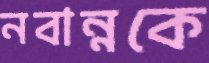
নবান্নকে